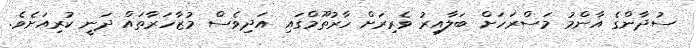
ސުދާންގެ އާންމު މަސްރަހަށް ބަލާއިރު ވެރިރަށް ހާރުތޫމްގައި އަދިވެސް މުޒާހަރާތައް ދަނީ ކުރިއަށެވެ.